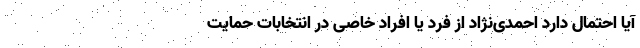
آیا احتمال دارد احمدی‌نژاد از فرد یا افراد خاصی در انتخابات حمایت